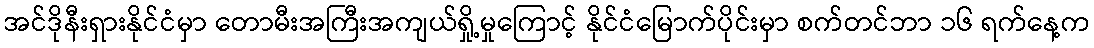
အင်ဒိုနီးရှားနိုင်ငံမှာ တောမီးအကြီးအကျယ်ရှို့မှုကြောင့် နိုင်ငံမြောက်ပိုင်းမှာ စက်တင်ဘာ ၁၆ ရက်နေ့က